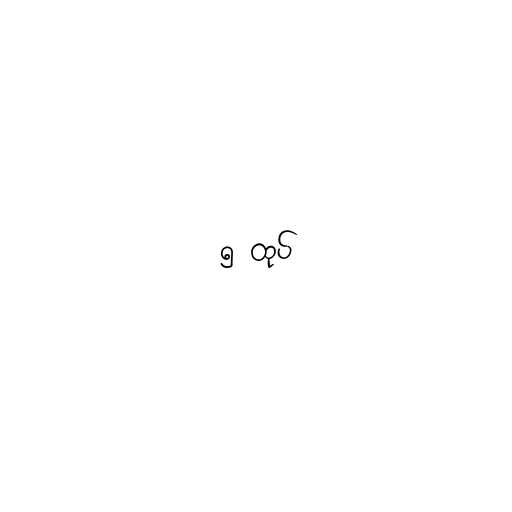
၅ ထုပ်